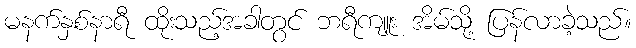
မနက်နှစ်နာရီ ထိုးသည့်အခါတွင် ဘရီကျူး အိမ်သို့ ပြန်လာခဲ့သည်။